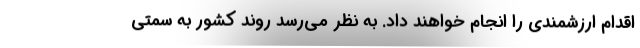
اقدام ارزشمندی را انجام خواهند داد. به نظر می‌رسد روند کشور به‌ سمتی